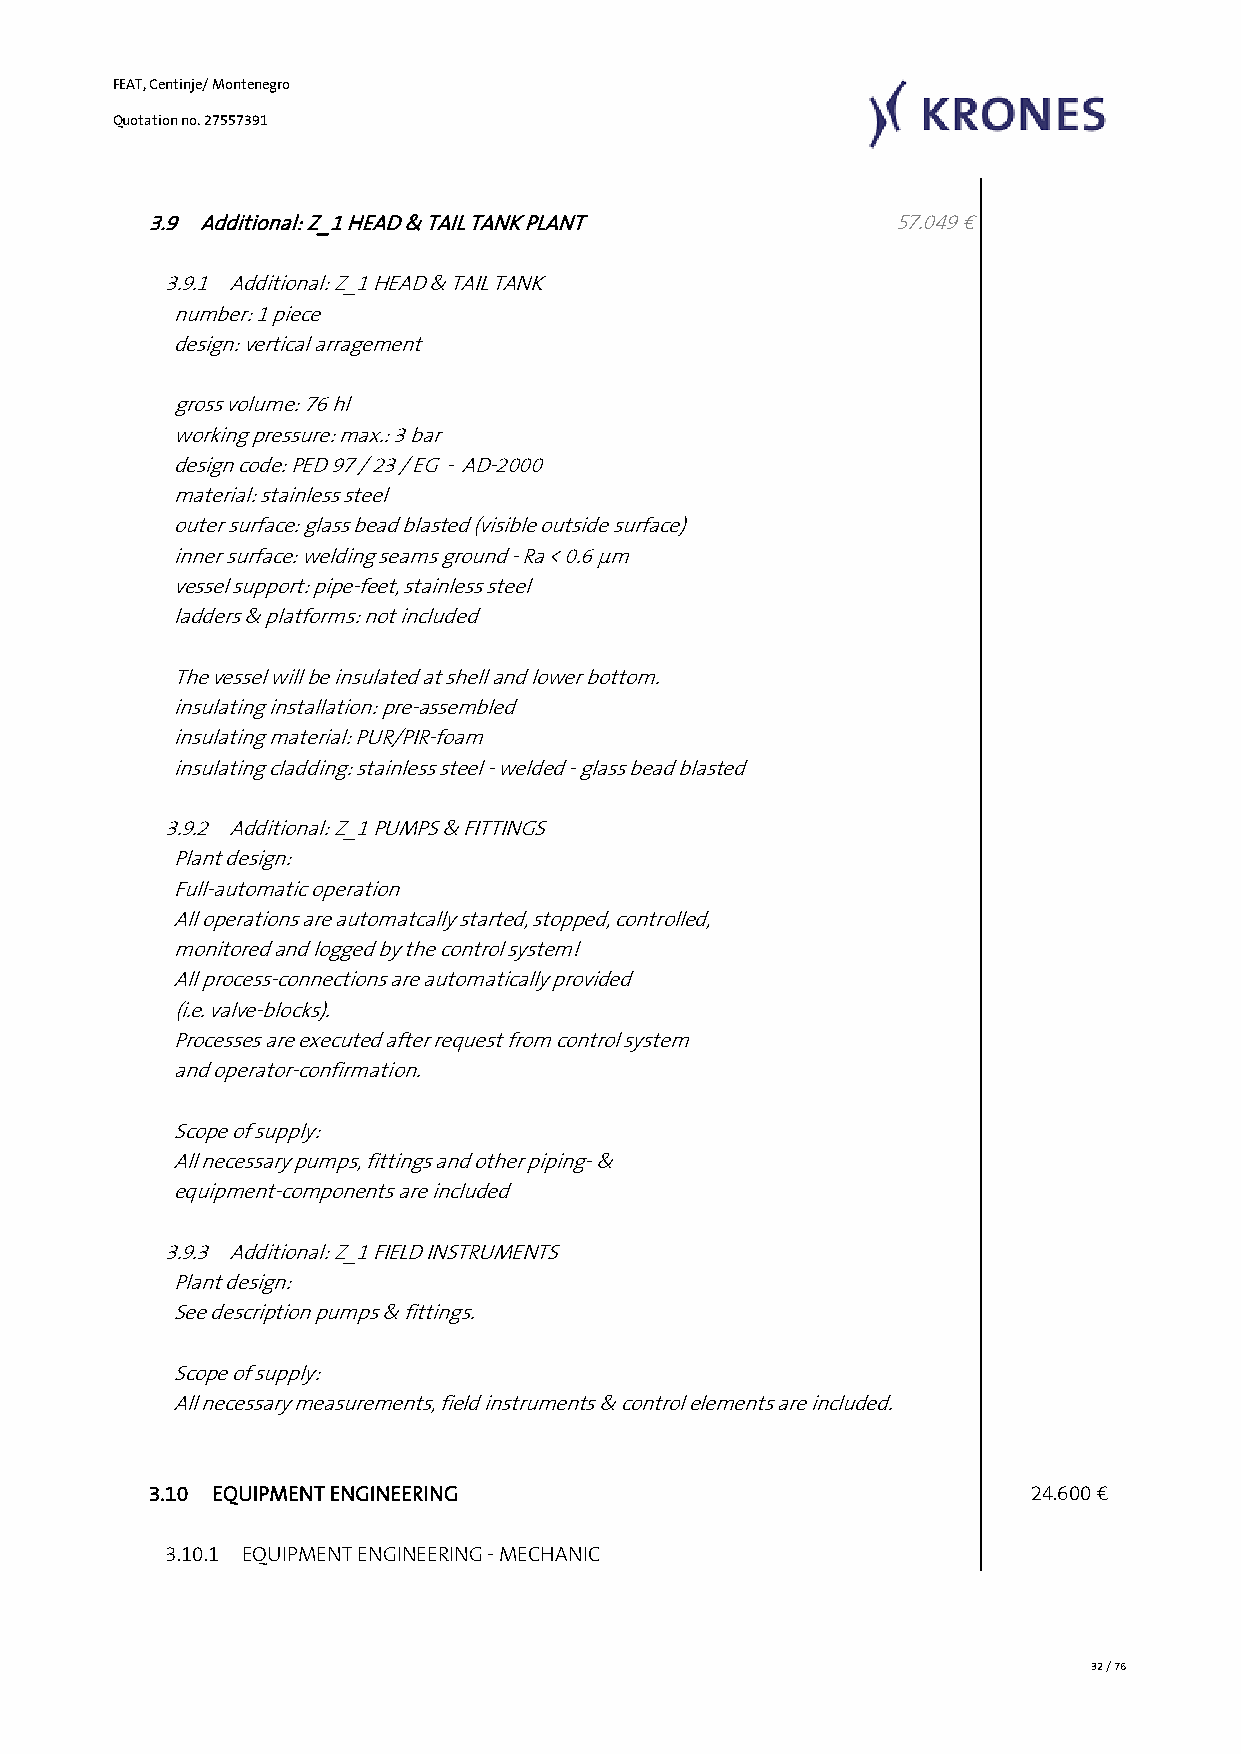
FEAT, Centinje/ Montenegro
 Quotation no. 27557391
 3.9 Additional: Z_1 HEAD & TAIL TANK PLANT        57.049 €
 3.9.1 Additional: Z_1 HEAD & TAIL TANK
 number: 1 piece
 design: vertical arragement
 gross volume: 76 hl
 working pressure: max.: 3 bar
 design code: PED 97 / 23 / EG - AD-2000
 material: stainless steel
 outer surface: glass bead blasted (visible outside surface)
 inner surface: welding seams ground - Ra < 0.6 µm
 vessel support: pipe-feet, stainless steel
 ladders & platforms: not included
 The vessel will be insulated at shell and lower bottom.
 insulating installation: pre-assembled
 insulating material: PUR/PIR-foam
 insulating cladding: stainless steel - welded - glass bead blasted
 3.9.2 Additional: Z_1 PUMPS & FITTINGS
 Plant design:
 Full-automatic operation
 All operations are automatcally started, stopped, controlled,
 monitored and logged by the control system!
 All process-connections are automatically provided
 (i.e. valve-blocks).
 Processes are executed after request from control system
 and operator-confirmation.
 Scope of supply:
 All necessary pumps, fittings and other piping- &
 equipment-components are included
 3.9.3 Additional: Z_1 FIELD INSTRUMENTS
 Plant design:
 See description pumps & fittings.
 Scope of supply:
 All necessary measurements, field instruments & control elements are included.
 3.10 EQUIPMENT ENGINEERING                                 24.600 €
 3.10.1 EQUIPMENT ENGINEERING - MECHANIC
 32 / 76